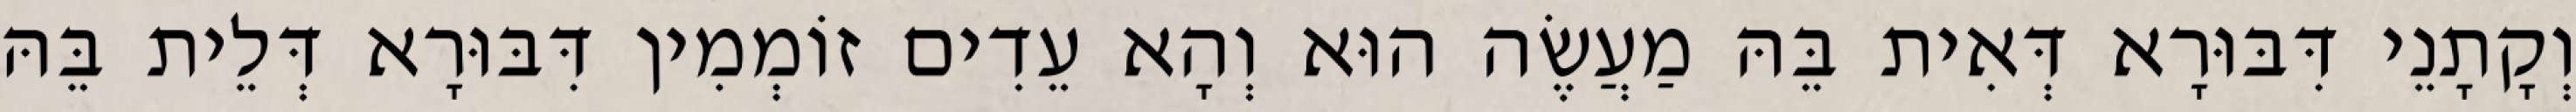
וְקָתָנֵי דִּבּוּרָא דְּאִית בֵּהּ מַעֲשֶׂה הוּא וְהָא עֵדִים זוֹמְמִין דִּבּוּרָא דְּלֵית בֵּהּ